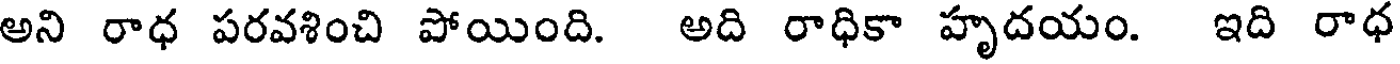
అని రాధ పరవశించి పోయింది. అది రాధికా హృదయం. ఇది రాధ